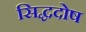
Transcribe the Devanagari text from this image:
सिद्धदोष